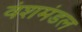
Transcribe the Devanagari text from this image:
वंशमंडल